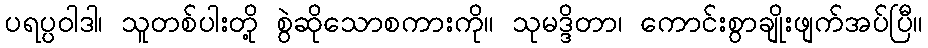
ပရပ္ပဝါဒါ၊ သူတစ်ပါးတို့ စွဲဆိုသောစကားကို။ သုမဒ္ဒိတာ၊ ကောင်းစွာချိုးဖျက်အပ်ပြီ။